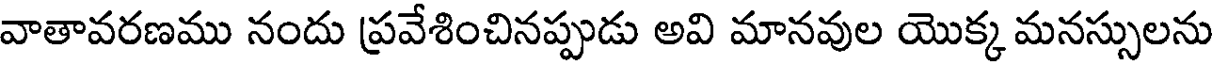
వాతావరణము నందు ప్రవేశించినప్పుడు అవి మానవుల యొక్క మనస్సులను